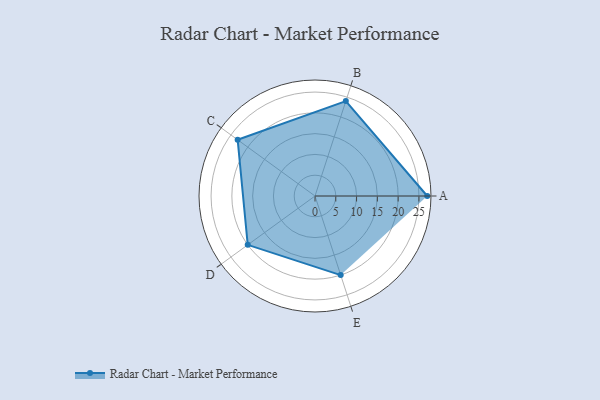
{"axis": {"x": "Skill", "y": "Score"}, "legend": ["Profile"], "data": [{"x": "A", "y": 27.0, "type": "Profile"}, {"x": "B", "y": 24.0, "type": "Profile"}, {"x": "C", "y": 23.0, "type": "Profile"}, {"x": "D", "y": 20, "type": "Profile"}, {"x": "E", "y": 20, "type": "Profile"}]}